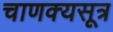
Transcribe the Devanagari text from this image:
चाणक्यसूत्र